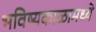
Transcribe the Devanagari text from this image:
भविष्यकाळामध्ये